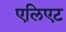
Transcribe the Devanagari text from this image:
एलिएट